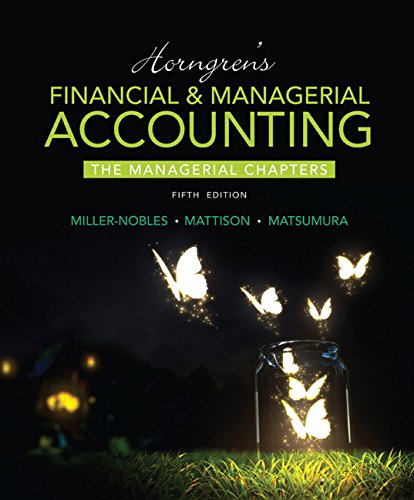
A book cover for Horngren's Financial & Managerial Accounting, The Managerial Chapters (5th Edition) (Newest Edition); Tracie L. Miller-Nobles; Business & Money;